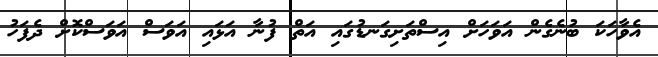
އެވާހަކަ ބުނެގެން އަވަހަށް އިސްތަށިގަނޑުގައި އަތް ފުނާ އަޅައި އަވަސް އަވަސްކޮށް ދެފަހު